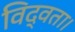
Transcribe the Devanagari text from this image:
विद्वता।